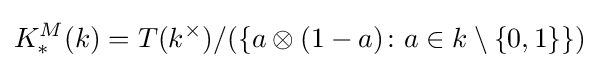
K_{*}^{M}(k)=T(k^{\times })/(\{a\otimes (1-a)\colon a\in k\setminus \{0,1\}\})